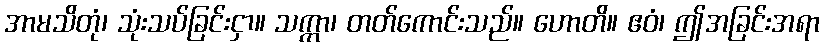
အာမသိတုံ၊ သုံးသပ်ခြင်းငှာ။ သက္ကာ၊ တတ်ကောင်းသည်။ ဟောတိ။ ဧဝံ၊ ဤအခြင်းအရာ